画像に写った文字を読んでください
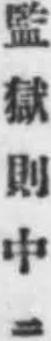
「監獄則中」と書いてあります